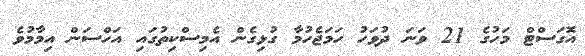
އޮގަސްޓް މަހުގެ 21 ވަނަ ދުވަހު ހަމަޖެހުމާ ގުޅިގެން އެމިސްކިތުގައި އަހްސަން އިމާމުވެ